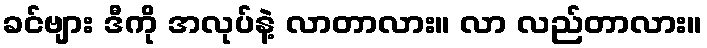
ခင်ဗျား ဒီကို အလုပ်နဲ့ လာတာလား။ လာ လည်တာလား။